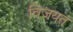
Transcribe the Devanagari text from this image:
विजयत